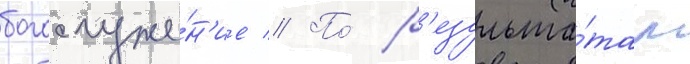
богослуже́н'ие // По́ р'езульта́там